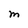
Character: M